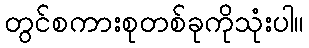
တွင်စကားစုတစ်ခုကိုသုံးပါ။